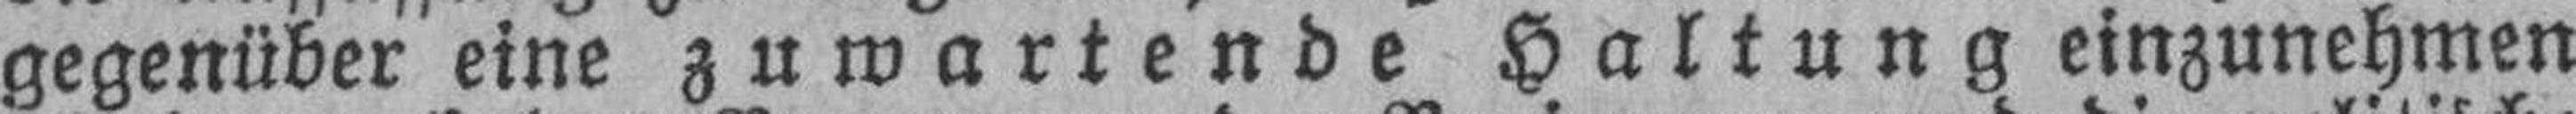
gegenüber eine zuwartende Haltung einzunehmen